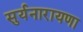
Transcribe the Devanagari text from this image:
सुर्यनारायणा